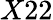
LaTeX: X22